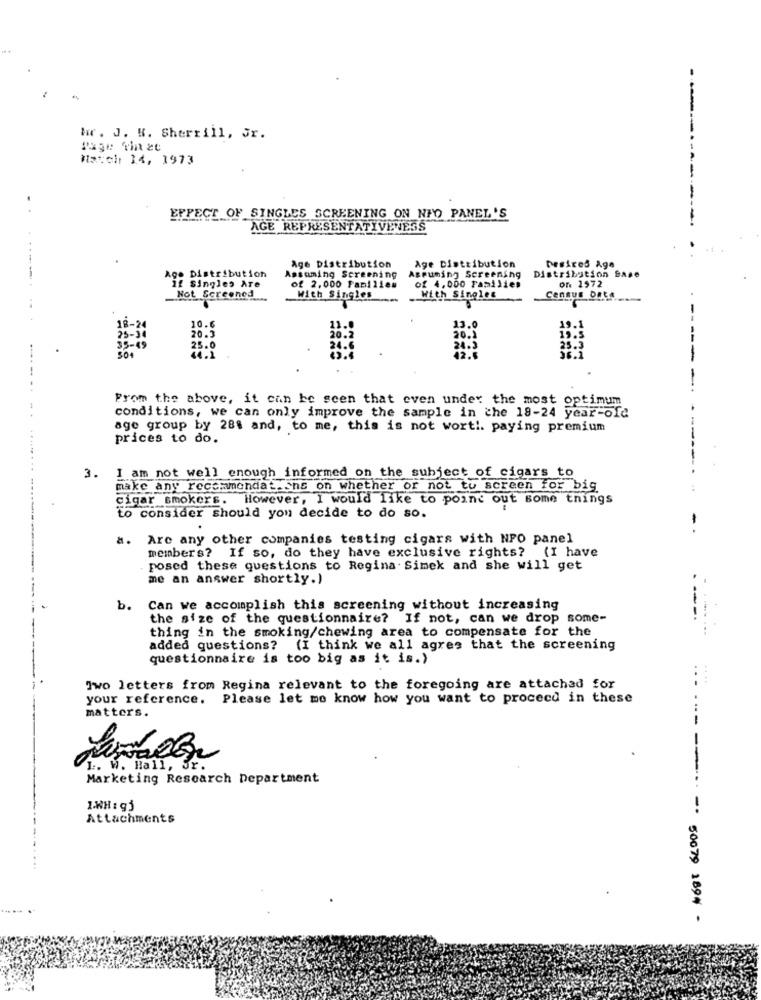
hr. J. K. Sherrill, Jr.
Match 14, 1973
EFFECT OF SINGLES SCREENING ON NFO PANEL'S
AGE REPRESENTATIVENESS
Desires Age
Age Distribution
Assuming Screening
Age Distribution
Distribution Base
Age Distribution
Assuming Screening
of 4,000 Families
on 1572
if singles Are
of 2,000 Families
Not Screened
With Singles
With Singles
Census DaCA.
35-
5.0
---
...
From the above, it can be seen that even under the most optimum
conditions, we can only improve the sample in che 18-24 year-old
age group by 281 and, to me, this is not wort !. paying premium
prices to do.
3. I am not well enough informed on the subject of cigars to
make any recommendations on whether or not to screen for big
cigar smokers. However, I would like to point out some things
to consider should you decide to do so.
a. Are any other companies testing cigars with NPO panel
members? If so, do they have exclusive rights? (I have
posed these questions to Regina. Simek and she will get
me an answer shortly.)
b.
Can we accomplish this screening without increasing
the size of the questionnaire? If not, can we drop some-
thing in the smoking/chewing area to compensate for the
added questions? (I think we all agree that the screening
questionnaire is too big as it is.)
Iwo letters from Regina relevant to the foregoing are attached for
your reference.
Please let me know how you want to proceed in these
matters.
1. W. Hall, Sr.
Marketing Research Department
1.WH1 9j
Attachments
------ 50079 1894 -